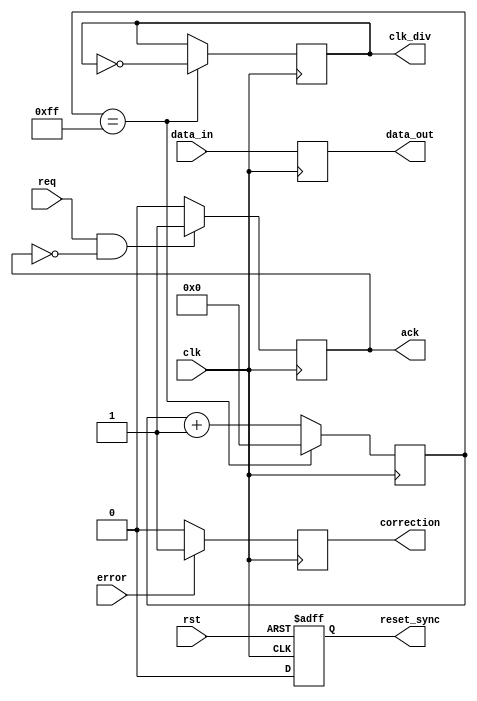
module timing_control_sync_block (
    input wire clk,
    input wire rst,
    // Clock divider block
    output reg clk_div,
    // Reset generation logic
    output reg reset_sync,
    // Synchronization logic
    input wire data_in,
    output reg data_out,
    // Handshake signals
    input wire req,
    output reg ack,
    // Error detection and correction mechanisms
    input wire error,
    output reg correction
);

// Clock divider block
reg [7:0] counter;
always @(posedge clk) begin
    if (counter == 8'hFF) begin
        counter <= 8'h00;
        clk_div <= ~clk_div;
    end else begin
        counter <= counter + 1;
    end
end

// Reset generation logic
always @(posedge clk or posedge rst) begin
    if (rst) begin
        reset_sync <= 1'b1;
    end else begin
        reset_sync <= 1'b0;
    end
end

// Synchronization logic
always @(posedge clk) begin
    data_out <= data_in;
end

// Handshake signals
always @(posedge clk) begin
    if (req && !ack) begin
        ack <= 1'b1;
    end else begin
        ack <= 1'b0;
    end
end

// Error detection and correction mechanisms
always @(posedge clk) begin
    if (error) begin
        correction <= 1'b1;
    end else begin
        correction <= 1'b0;
    end
end

endmodule